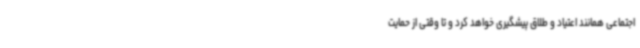
اجتماعی همانند اعتیاد و طلاق پیشگیری خواهد کرد و تا وقتی از حمایت